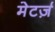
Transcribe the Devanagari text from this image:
मेटर्ज़